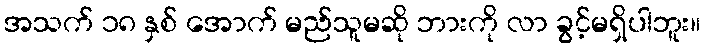
အသက် ၁၈ နှစ် အောက် မည်သူမဆို ဘားကို လာ ခွင့်မရှိပါဘူး။